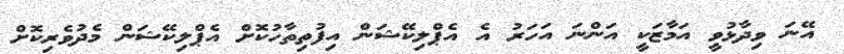
އޭނަ ވިދާޅުވީ އަމާޒަކީ އަންނަ އަހަރު އެ އެޕްލިކޭޝަން އިފުތިތާހުކޮށް އެޕްލިކޭޝަން މެދުވެރިކޮށް